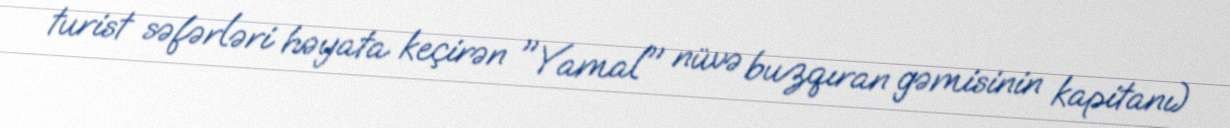
turist səfərləri həyata keçirən "Yamal" nüvə buzqıran gəmisinin kapitanı)